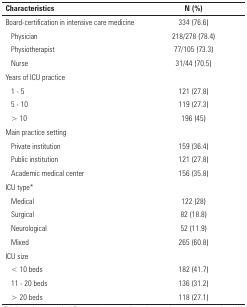
| Characteristics | N (%) |
 | --- | --- |
 | Board-certification in intensive care medicine | 334 (76.6) |
 | Physician | 218/278 (78.4) |
 | Physiotherapist | 77/105 (73.3) |
 | Nurse | 31/44 (70.5) |
 | Years of ICU practice |  |
 | 1 - 5 | 121 (27.8) |
 | 5 - 10 | 119 (27.3) |
 | > 10 | 196 (45) |
 | Main practice setting |  |
 | Private institution | 159 (36.4) |
 | Public institution | 121 (27.8) |
 | Academic medical center | 156 (35.8) |
 | ICU type* |  |
 | Medical | 122 (28) |
 | Surgical | 82 (18.8) |
 | Neurological | 52 (11.9) |
 | Mixed | 265 (60.8) |
 | ICU size |  |
 | < 10 beds | 182 (41.7) |
 | 11 - 20 beds | 136 (31.2) |
 | > 20 beds | 118 (27.1) |